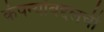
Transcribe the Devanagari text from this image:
कंपन्यांबद्दलची